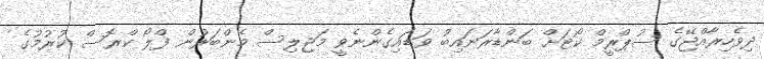
ދިވެހިރާއްޖޭގެ ސުޕްރީމް ކޯޓަށް ބަންޑާރަނައިބު ވަޑައިގެންނެވީ މަޖިލިސް މެންބަރުން ފްލޯ ކްރޮސް ކުރުމުގެ